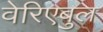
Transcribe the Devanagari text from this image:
वेरिएबुल